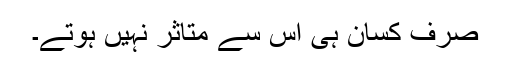
صرف کسان ہی اس سے متاثر نہیں ہوتے۔